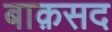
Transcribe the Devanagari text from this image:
बाक़सद